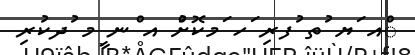
ްއ ަޔ ުތ ުފރި ަހ ަމކޮށްު އ ްނ ީމ ުދކުރި